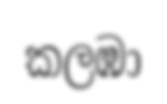
කලඹා